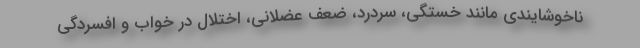
ناخوشایندی مانند خستگی، سردرد، ضعف عضلانی، اختلال در خواب و افسردگی